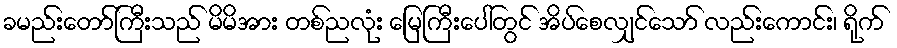
ခမည်းတော်ကြီးသည် မိမိအား တစ်ညလုံး မြေကြီးပေါ်တွင် အိပ်စေလျှင်သော် လည်းကောင်း၊ ရိုက်